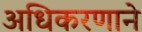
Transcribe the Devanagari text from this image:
अधिकरणाने